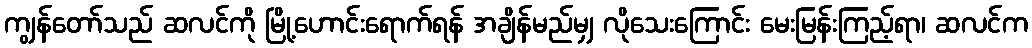
ကျွန်တော်သည် ဆလင်ကို မြို့ဟောင်းရောက်ရန် အချိန်မည်မျှ လိုသေးကြောင်း မေးမြန်းကြည့်ရာ၊ ဆလင်က